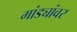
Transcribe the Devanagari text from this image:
मांड्यांवर